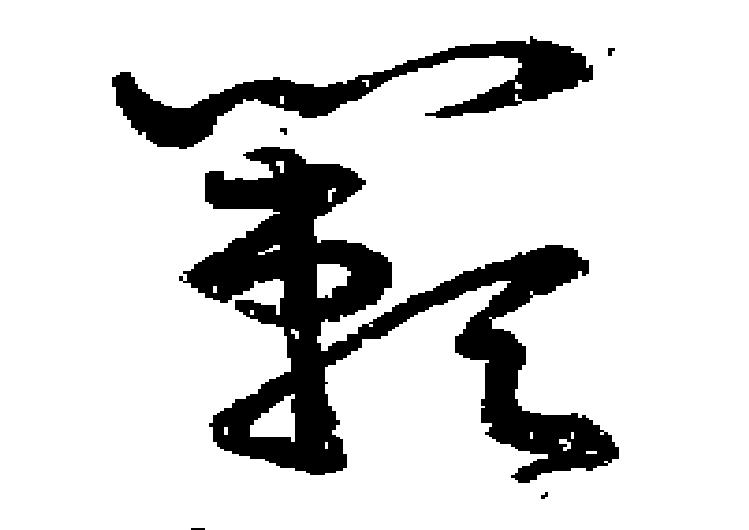
籟